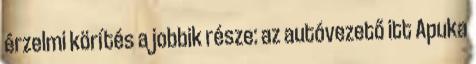
érzelmi körítés a jobbik része: az autóvezető itt Apuka